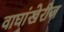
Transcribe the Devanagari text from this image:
वाघांखेरीज